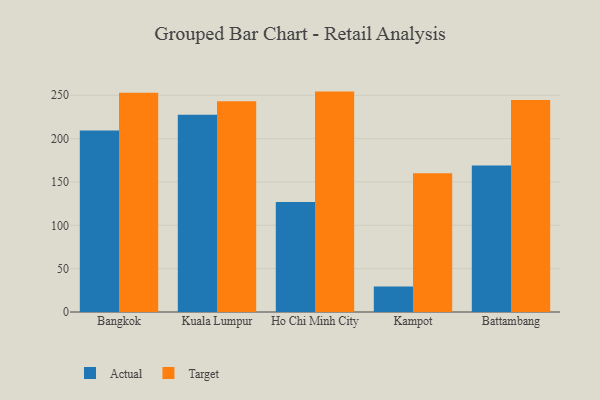
{"axis": {"x": "City", "y": "Humidity (%)"}, "legend": ["Actual", "Target"], "data": [{"x": "Bangkok", "y": 209.2, "type": "Actual"}, {"x": "Bangkok", "y": 253.0, "type": "Target"}, {"x": "Kuala Lumpur", "y": 227.5, "type": "Actual"}, {"x": "Kuala Lumpur", "y": 243.1, "type": "Target"}, {"x": "Ho Chi Minh City", "y": 126.9, "type": "Actual"}, {"x": "Ho Chi Minh City", "y": 254.2, "type": "Target"}, {"x": "Kampot", "y": 29.4, "type": "Actual"}, {"x": "Kampot", "y": 160.1, "type": "Target"}, {"x": "Battambang", "y": 169.0, "type": "Actual"}, {"x": "Battambang", "y": 244.4, "type": "Target"}]}